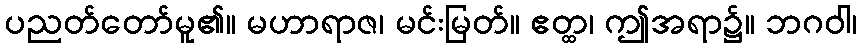
ပညတ်တော်မူ၏။ မဟာရာဇ၊ မင်းမြတ်။ ဧတ္ထ၊ ဤအရာ၌။ ဘဂဝါ၊